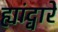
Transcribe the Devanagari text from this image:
ह्यांद्वारे